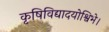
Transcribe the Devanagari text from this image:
कृषिविद्यादयोश्विभे।